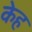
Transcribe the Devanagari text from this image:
केह